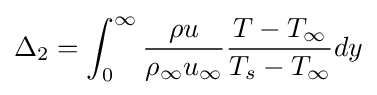
\Delta _{2}=\int _{0}^{\infty }{\frac {\rho u}{\rho _{\infty }u_{\infty }}}{\frac {T-T_{\infty }}{T_{s}-T_{\infty }}}dy